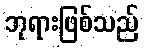
ဘုရားဖြစ်သည်